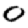
Digit: 0